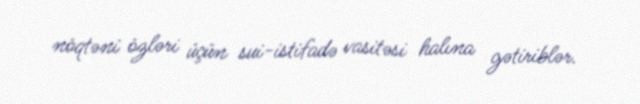
nöqtəni özləri üçün sui-istifadə vasitəsi halına gətiriblər.